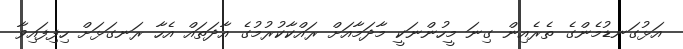
އަޅުގަނޑުމެންގެ ތެރެއިން ގިނަ މީހުންނަކީ މާދަމާއަށް ރައްކާކުރުމުގެ އާދަތައް އެހާ ރަނގަޅަށް ހިފިފައިވާ